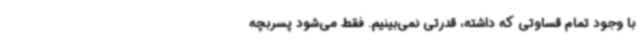
با وجود تمام قساوتی که داشته، قدرتی نمی‌بینیم. فقط می‌شود پسربچه